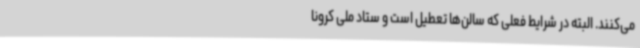
می‌کنند. البته در شرایط فعلی که سالن‌ها تعطیل است و ستاد ملی کرونا